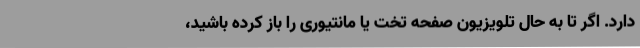
دارد. اگر تا به حال تلویزیون صفحه تخت یا مانتیوری را باز کرده باشید،